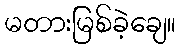
မတားမြစ်ခဲ့ချေ။